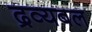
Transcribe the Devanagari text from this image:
द्रव्यबल